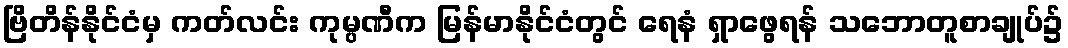
ဗြိတိန်နိုင်ငံမှ ကတ်လင်း ကုမ္ပဏီက မြန်မာနိုင်ငံတွင် ရေနံ ရှာဖွေရန် သဘောတူစာချုပ်၌